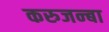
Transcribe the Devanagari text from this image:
करुजन्बा